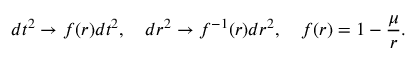
d t ^ { 2 } \to f ( r ) d t ^ { 2 } , \quad d r ^ { 2 } \to f ^ { - 1 } ( r ) d r ^ { 2 } , \quad f ( r ) = 1 - \frac { \mu } { r } .